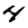
Digit: 4